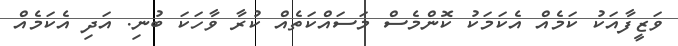
ވަޒީފާއަކު ކަމެއް އެކަމަކު ކޮންމެސް މަސައްކަތެއް ކުރާ ވާހަކަ ބުނި. އަދި އެކަމެއް